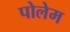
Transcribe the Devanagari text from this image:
पोलेम